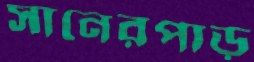
সানেরপাড়